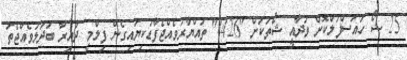
25 ޝޯ ހައުސްފުލްކޮށް ވަދާއީ ޝޯތަކަށް "4426" ތައްޔާރުވެއްޖެފާޑުކިޔައިގެން ފިލްމީ ދާއިރާ ބަދަލުވެއްޖެތަ